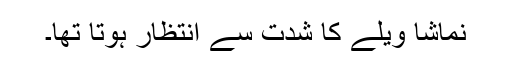
نماشا ویلے کا شدت سے انتظار ہوتا تھا۔